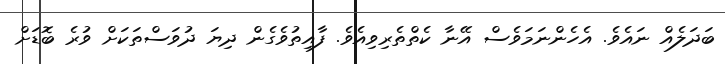
ބަދަލެއް ނައެވެ. އެހެންނަމަވެސް އޭނާ ކެތްތެރިވިއެވެ. ފާއިތުވެގެން ދިޔަ ދުވަސްތަކަށް ވުރެ ބޮޑަށް